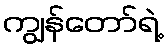
ကျွန်တော်ရဲ့